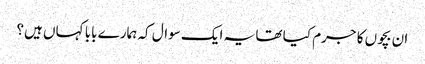
ان بچوں کا جرم کیا تھا یہ ایک سوال کہ ہمارے بابا کہاں ہیں؟